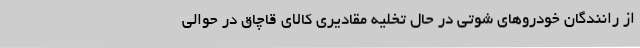
از رانندگان خودروهای شوتی در حال تخلیه مقادیری کالای قاچاق در حوالی